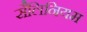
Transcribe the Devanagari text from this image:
सैलिनियम